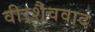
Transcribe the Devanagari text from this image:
वीरशैववाद